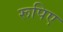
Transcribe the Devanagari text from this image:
रूपिए